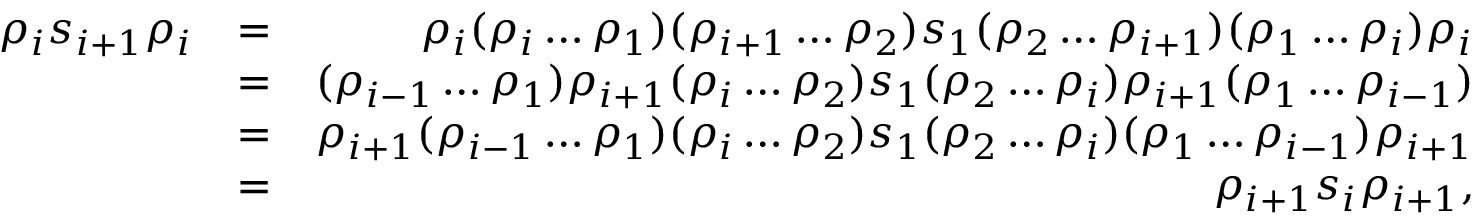
\begin{array} { r l r } { \rho _ { i } s _ { i + 1 } \rho _ { i } } & { = } & { \rho _ { i } ( \rho _ { i } \ldots \rho _ { 1 } ) ( \rho _ { i + 1 } \ldots \rho _ { 2 } ) s _ { 1 } ( \rho _ { 2 } \ldots \rho _ { i + 1 } ) ( \rho _ { 1 } \ldots \rho _ { i } ) \rho _ { i } } \\ & { = } & { ( \rho _ { i - 1 } \ldots \rho _ { 1 } ) \rho _ { i + 1 } ( \rho _ { i } \ldots \rho _ { 2 } ) s _ { 1 } ( \rho _ { 2 } \ldots \rho _ { i } ) \rho _ { i + 1 } ( \rho _ { 1 } \ldots \rho _ { i - 1 } ) } \\ & { = } & { \rho _ { i + 1 } ( \rho _ { i - 1 } \ldots \rho _ { 1 } ) ( \rho _ { i } \ldots \rho _ { 2 } ) s _ { 1 } ( \rho _ { 2 } \ldots \rho _ { i } ) ( \rho _ { 1 } \ldots \rho _ { i - 1 } ) \rho _ { i + 1 } } \\ & { = } & { \rho _ { i + 1 } s _ { i } \rho _ { i + 1 } , } \end{array}